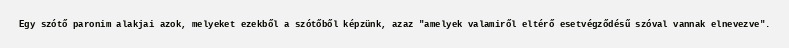
Egy szótő paronim alakjai azok, melyeket ezekből a szótőből képzünk, azaz "amelyek valamiről eltérő esetvégződésű szóval vannak elnevezve".